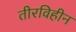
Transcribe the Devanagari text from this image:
तीरविहीन